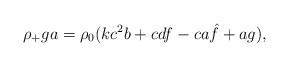
LaTeX: \begin{align*} \rho_+ga=\rho_0(kc^2b+cdf-ca\hat{f}+ag), \end{align*}